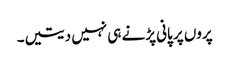
پروں پر پانی پڑنے ہی نہیں دیتیں۔